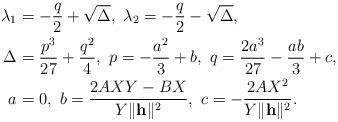
LaTeX: \begin{align*}\lambda_{1} & = -\frac{q}{2} + \sqrt{\Delta},~\lambda_{2} = -\frac{q}{2} - \sqrt{\Delta}, \\\Delta & = \frac{p^{3}}{27} + \frac{q^{2}}{4},~p = -\frac{a^{2}}{3} + b,~ q = \frac{2 a^{3}}{27} - \frac{ab}{3}+c,\\a & = 0,~b = \frac{2 A X Y - B X}{Y \|\mathbf{h}\|^{2}},~ c = - \frac{2 A X^{2}}{Y \|\mathbf{h}\|^{2}}.\end{align*}